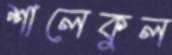
শালেকুল